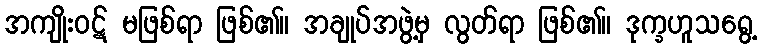
အကျိုးဝဋ် မဖြစ်ရာ ဖြစ်၏။ အချုပ်အဖွဲ့မှ လွတ်ရာ ဖြစ်၏။ ဒုက္ခဟူသရွေ့